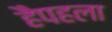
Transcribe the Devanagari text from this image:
हैपहला